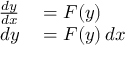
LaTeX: \begin{array} { r l } { { \frac { d y } { d x } } } & { { } = F ( y ) } \\ { d y } & { { } = F ( y ) \, d x } \end{array}